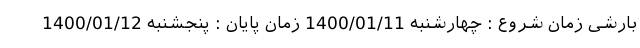
بارشی زمان شروع : چهارشنبه 1400/01/11 زمان پایان : پنجشنبه 1400/01/12